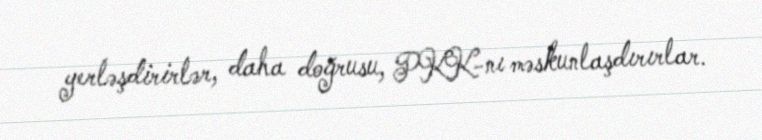
yerləşdirirlər, daha doğrusu, PKK-nı məskunlaşdırırlar.